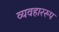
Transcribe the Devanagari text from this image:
व्यवहाररूप